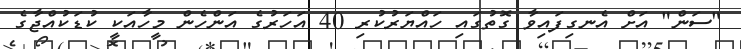
"ސަން" އަށް އެނގިފައިވާ ގޮތުގައި ހައްޔަރުކުރި 40 އަހަރުގެ އަންހެން މީހާއަކީ ކުޑަކުއްޖާގެ